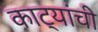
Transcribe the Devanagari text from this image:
काट्यांची